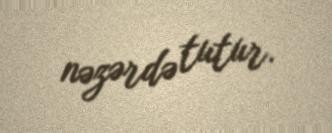
nəzərdə tutur.